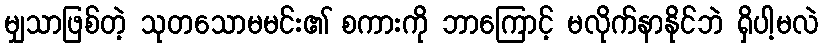
မျှသာဖြစ်တဲ့ သုတသောမမင်း၏ စကားကို ဘာကြောင့် မလိုက်နာနိုင်ဘဲ ရှိပါ့မလဲ